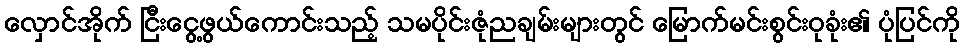
လှောင်အိုက် ငြီးငွေ့ဖွယ်ကောင်းသည့် သမပိုင်းဇုံညချမ်းများတွင် မြောက်မင်းစွင်းဝုခုံး၏ ပုံပြင်ကို